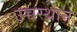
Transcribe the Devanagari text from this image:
उच्चस्थान